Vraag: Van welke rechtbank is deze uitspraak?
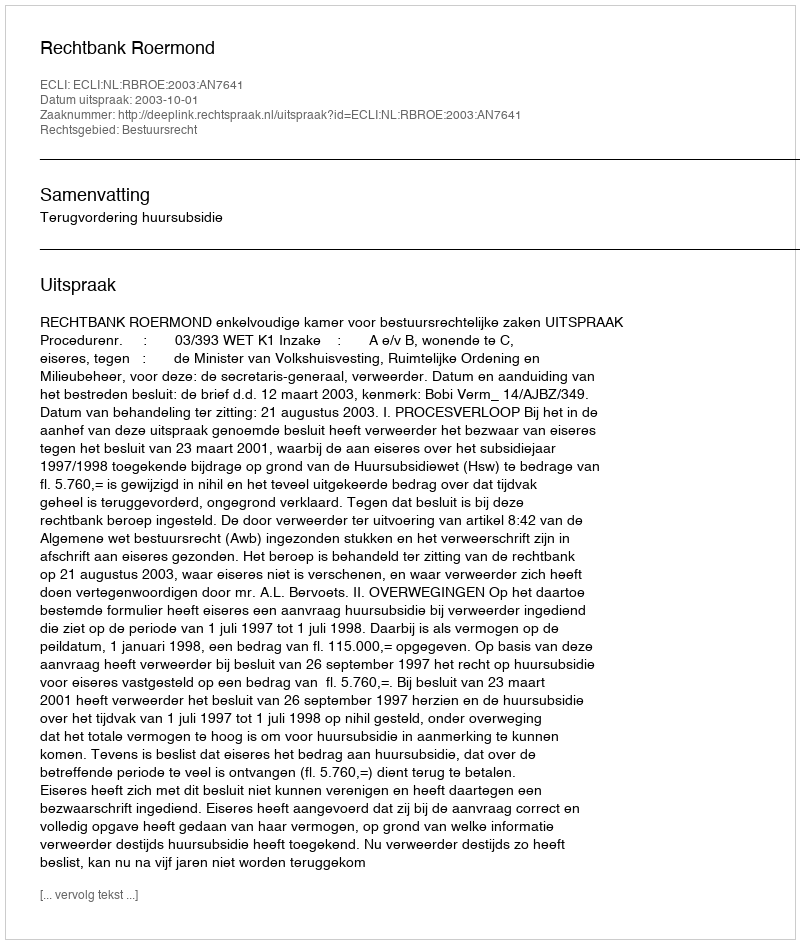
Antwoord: Rechtbank Roermond